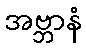
အဗ္ဘာနံ